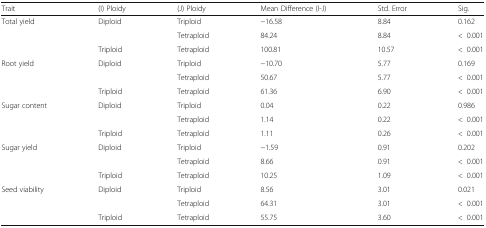
<table><thead><tr><td><b>Trait</b></td><td><b>(I) Ploidy</b></td><td><b>(J) Ploidy</b></td><td><b>Mean Difference (I-J)</b></td><td><b>Std. Error</b></td><td><b>Sig.</b></td></tr></thead><tbody><tr><td rowspan="3">Total yield</td><td rowspan="2">Diploid</td><td>Triploid</td><td>−16.58</td><td>8.84</td><td>0.162</td></tr><tr><td>Tetraploid</td><td>84.24</td><td>8.84</td><td>&lt;0.001</td></tr><tr><td>Triploid</td><td>Tetraploid</td><td>100.81</td><td>10.57</td><td>&lt;0.001</td></tr><tr><td rowspan="3">Root yield</td><td rowspan="2">Diploid</td><td>Triploid</td><td>−10.70</td><td>5.77</td><td>0.169</td></tr><tr><td>Tetraploid</td><td>50.67</td><td>5.77</td><td>&lt;0.001</td></tr><tr><td>Triploid</td><td>Tetraploid</td><td>61.36</td><td>6.90</td><td>&lt;0.001</td></tr><tr><td rowspan="3">Sugar content</td><td rowspan="2">Diploid</td><td>Triploid</td><td>0.04</td><td>0.22</td><td>0.986</td></tr><tr><td>Tetraploid</td><td>1.14</td><td>0.22</td><td>&lt;0.001</td></tr><tr><td>Triploid</td><td>Tetraploid</td><td>1.11</td><td>0.26</td><td>&lt;0.001</td></tr><tr><td rowspan="3">Sugar yield</td><td rowspan="2">Diploid</td><td>Triploid</td><td>−1.59</td><td>0.91</td><td>0.202</td></tr><tr><td>Tetraploid</td><td>8.66</td><td>0.91</td><td>&lt;0.001</td></tr><tr><td>Triploid</td><td>Tetraploid</td><td>10.25</td><td>1.09</td><td>&lt;0.001</td></tr><tr><td rowspan="3">Seed viability</td><td rowspan="2">Diploid</td><td>Triploid</td><td>8.56</td><td>3.01</td><td>0.021</td></tr><tr><td>Tetraploid</td><td>64.31</td><td>3.01</td><td>&lt;0.001</td></tr><tr><td>Triploid</td><td>Tetraploid</td><td>55.75</td><td>3.60</td><td>&lt;0.001</td></tr></tbody></table>